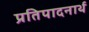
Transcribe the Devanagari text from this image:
प्रतिपादनार्थ